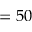
= 5 0